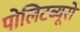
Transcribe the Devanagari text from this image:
पोलिटब्यूरो